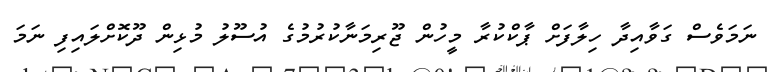
ނަމަވެސް ގަވާއިދާ ހިލާފަށް ޕާކްކުރާ މީހުން ޖޫރިމަނާކުރުމުގެ އުސޫލު މުޅިން ދޫކޮށްލައިފި ނަމަ